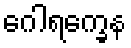
ဂေါရက္ခေန